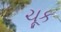
ચૂક